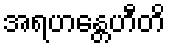
အရဟန္တေဟီတိ